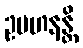
ဥပဟနန္တိ